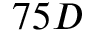
7 5 D